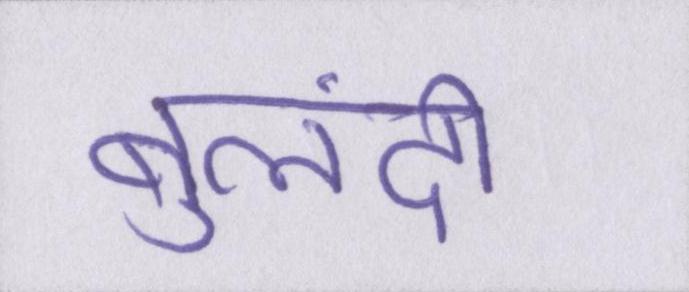
बुलंदी